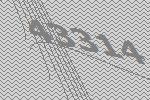
43314